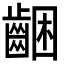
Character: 齫